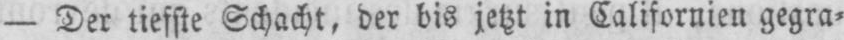
- Der tiefste Schacht, der bis jetzt in Californien gegra⸗